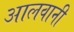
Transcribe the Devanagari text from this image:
आलवानी